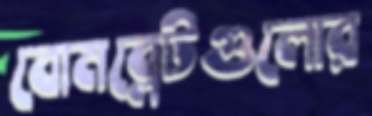
বোমব্লেটগুলোর